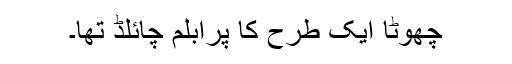
چھوٹا ایک طرح کا پرابلم چائلڈ تھا۔